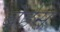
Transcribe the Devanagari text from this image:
बेर्हस